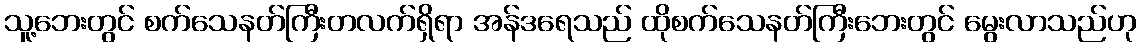
သူ့ဘေးတွင် စက်သေနတ်ကြီးတလက်ရှိရာ အန်ဒရေသည် ထိုစက်သေနတ်ကြီးဘေးတွင် မွေးလာသည်ဟု